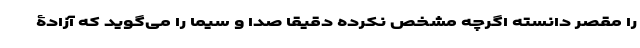
را مقصر دانسته اگرچه مشخص نکرده دقیقا صدا و سیما را می‌گوید که آزادۀ